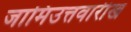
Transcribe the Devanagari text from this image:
जामिउत्तवारीख